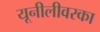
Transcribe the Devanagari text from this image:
यूनीलीवरका